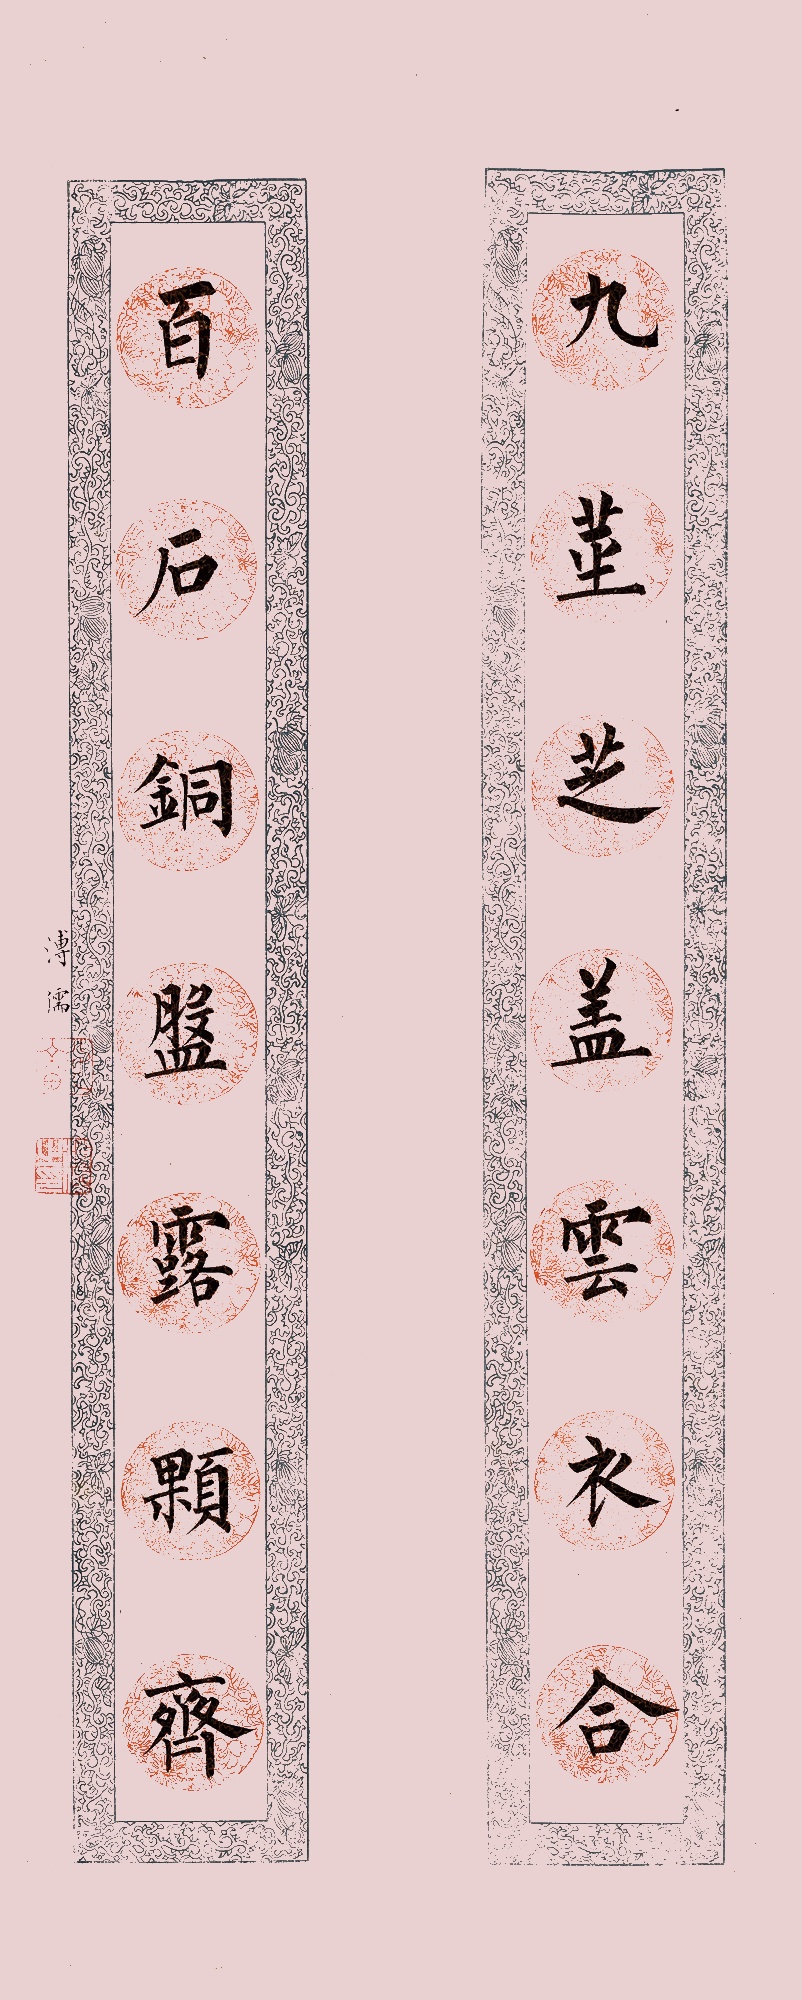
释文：九茎芝盖云衣合，百石铜盘露颗齐。溥儒。